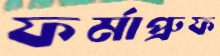
ফর্মাপ্রুফ